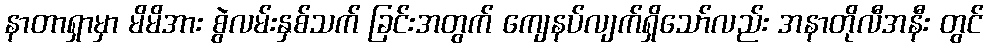
နာတာရှာမှာ မိမိအား စွဲလမ်းနှစ်သက် ခြင်းအတွက် ကျေနပ်လျက်ရှိသော်လည်း အနာတိုလီအနီး တွင်